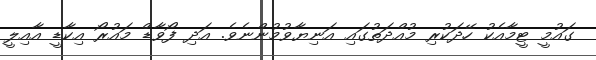
ގައުމީ ޓީމާއެކު ހޭދަކުރި މުއްދަތުގައި އަނިޔާވުމުންނެވެ. އަދި ފޯވާޑް މައުރޯ އިކާޑީ އާއިލީ